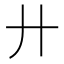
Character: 廾